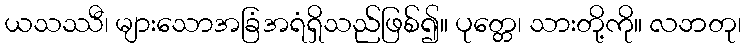
ယသဿီ၊ များသောအခြံအရံရှိသည်ဖြစ်၍။ ပုတ္တေ၊ သားတို့ကို။ လဘတု၊